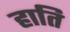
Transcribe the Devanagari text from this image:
हाति